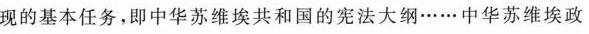
现的基本任务，即中华苏维埃共和国的宪法大纲……中华苏维埃政